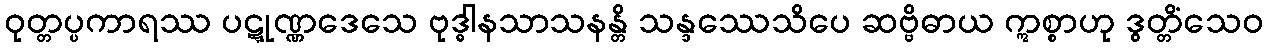
ဝုတ္တပ္ပကာရဿ ပဋ္ဋုဏ္ဏဒေသေ ဗုဒ္ဓါနသာသနန္တိ သန္ဒဿေသိပေ ဆဗ္ဗိဓာယ ဣစ္စာဟု ဒွတ္တိံသေဝ